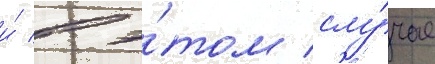
и́ в э́том слу́чае